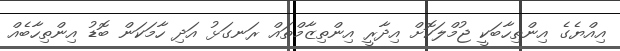
އިއްޔެގެ އިންތިހާބަކީ ޖުމްލަކޮށް އިދާރީ އިންތިޒާމްތައް ރަނގަޅު އަދި ހާމަކަން ބޮޑު އިންތިހާބެއް